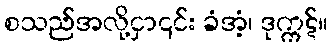
စသည်အလို့ငှာ၎င်း ခံအံ့၊ ဒုက္ကဋ်။